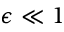
\epsilon \ll 1